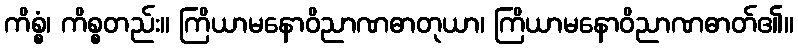
ကိစ္စံ၊ ကိစ္စတည်း။ ကြိယာမနောဝိညာဏဓာတုယာ၊ ကြိယာမနောဝိညာဏဓာတ်၏။